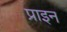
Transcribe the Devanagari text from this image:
प्राइन